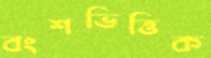
বংশভিত্তিক